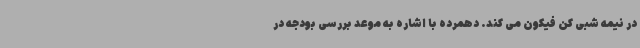
در نیمه شبی کن فیکون می کند. دهمرده با اشاره به موعد بررسی بودجه در